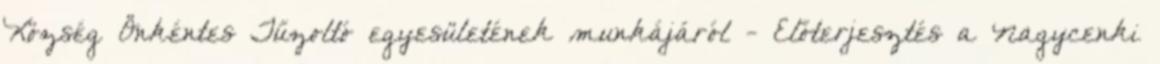
Község Önkéntes Tűzoltó egyesületének munkájáról - Előterjesztés a Nagycenki